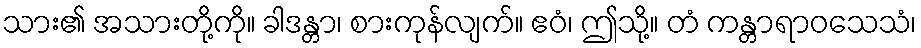
သား၏ အသားတို့ကို။ ခါဒန္တာ၊ စားကုန်လျက်။ ဧဝံ၊ ဤသို့။ တံ ကန္တာရာဝသေသံ၊